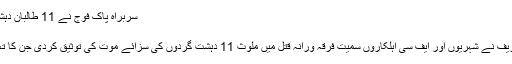
سربراہ پاک فوج نے 11 طالبان دہشتگردوں کی سزائے موت کی توثیق کردی
منگل, 16 اگست 2016 19:42
راولپنڈی: سربراہ پاک فوج جنرل راحیل شریف نے شہریوں اور ایف سی اہلکاروں سمیت فرقہ ورانہ قتل میں ملوث 11 دہشت گردوں کی سزائے موت کی توثیق کردی جن کا تعلق کالعدم تحریک طالبان پاکستان سے تھا۔